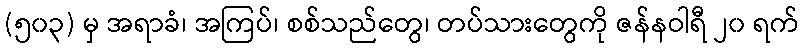
(၅၀၃) မှ အရာခံ၊ အကြပ်၊ စစ်သည်တွေ၊ တပ်သားတွေကို ဇန်နဝါရီ ၂၀ ရက်